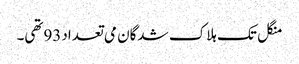
منگل تک ہلاک شدگان می تعداد93تھی۔